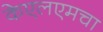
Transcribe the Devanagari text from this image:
केएलएमचा